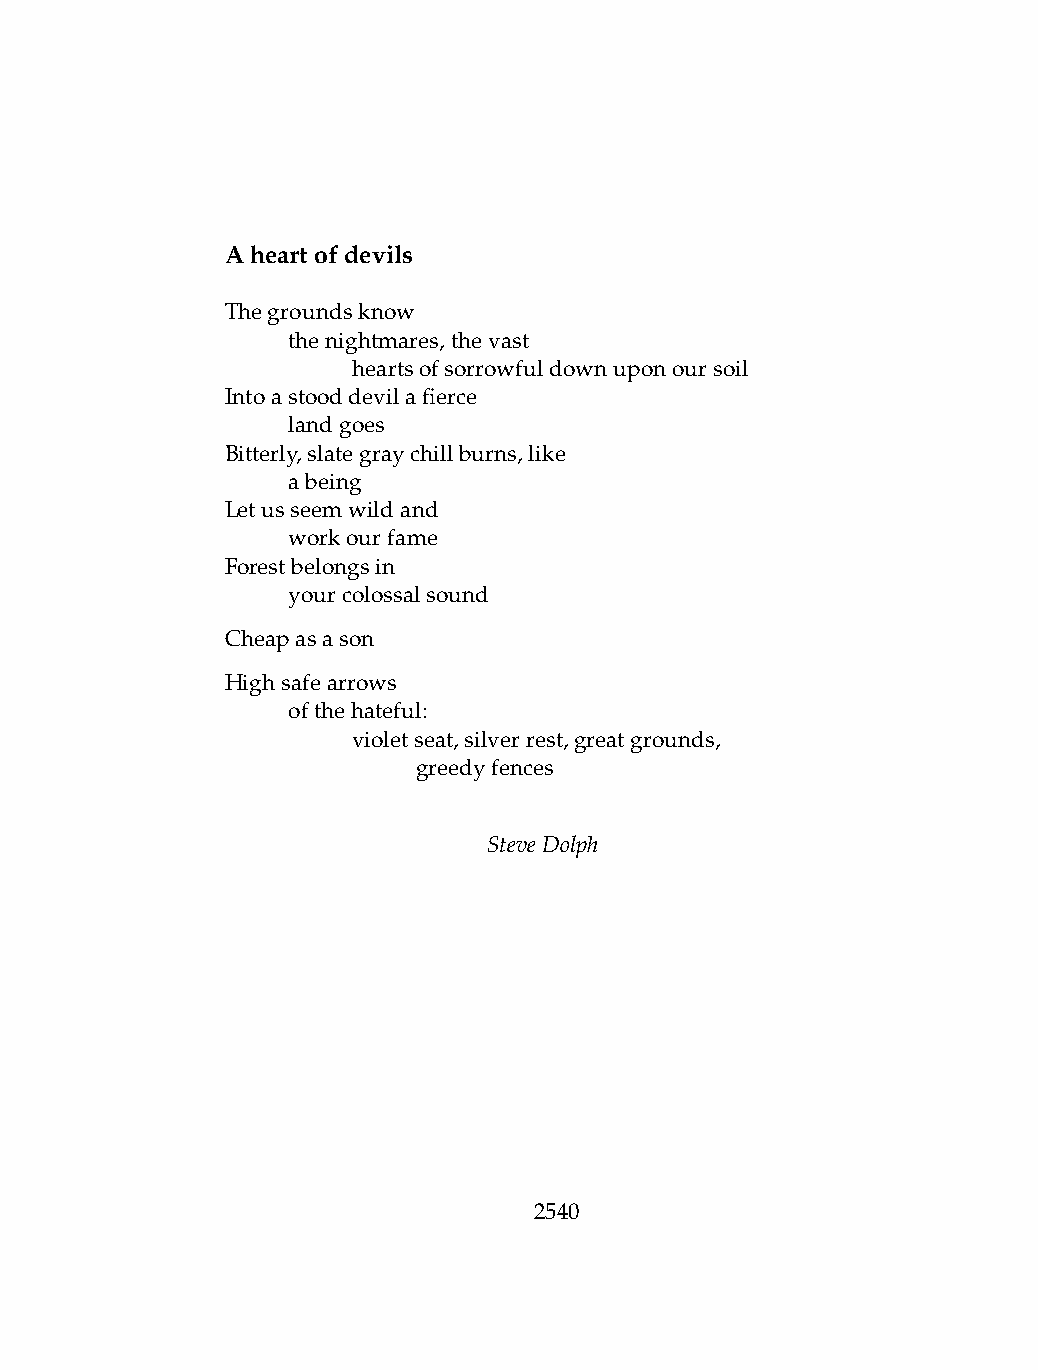
Aheartofdevils
 Thegroundsknow
 .   thenightmares,thevast
 .   .   heartsofsorrowfuldownuponoursoil
 Intoastooddevilafierce
 .   landgoes
 Bitterly,slategraychillburns,like
 .   abeing
 Letusseemwildand
 .   workourfame
 Forestbelongsin
 .   yourcolossalsound
 Cheapasason
 Highsafearrows
 .   ofthehateful:
 .   .   violetseat,silverrest,greatgrounds,
 .   .   .    greedyfences
 SteveDolph
 2540